Report of the Municipal Commissioner on the plague in Bombay for the year ending 31st May... - Volume 2
Disease focus: Plague
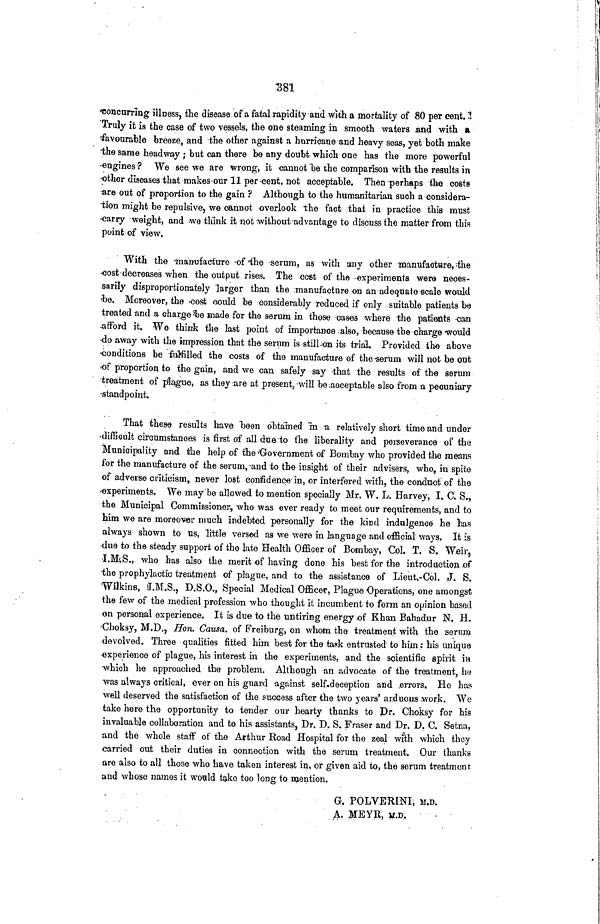
381
concurring illness, the disease of a fatal rapidity and with a mortality of 80 per cent. !
Truly it is the case of two vessels, the one steaming in smooth waters and with a
favourable breeze, and the other against a hurricane and heavy seas, yet both make
the same headway ; but can there be any doubt which one has the more powerful
engines ? We see we are wrong, it cannot be the comparison with the results in
other diseases that makes our 11 per cent. not acceptable. Then perhaps the costs
are out of proportion to the gain ? Although to the humanitarian such a considera-
tion might be repulsive, we cannot overlook the fact that in practice this must
carry weight, and we think it not without advantage to discuss the matter from this
point of view.
With the 'manufacture of the serum, as with any other manufacture, the
cost decreases when the output rises. The cost of the experiments were neces-
sarily disproportionately larger than the manufacture on an adequate scale would
be. Moreover, the cost could be considerably reduced if only suitable patients be
treated and a charge be made for the serum in those cases where the patients can
afford it. We think the last point of importance also, because the charge would
do away with the impression that the serum is still on its trial. Provided the above
conditions be fulfilled the costs of the manufacture of the serum will not be out
of proportion to the gain, and we can safely say that the results of the serum
treatment of plague, as they are at present, will be acceptable also from a pecuniary
standpoint.
That these results have been obtained in a relatively short time and under
difficult circumstances is first of all due to the liberality and perseverance of the
Municipality and the help of the Government of Bombay who provided the means
for the manufacture of the serum, and to the insight of their advisers, who, in spite
of adverse criticism, never lost confidence in, or interfered with, the conduct of the
experiments. We may be allowed to mention specially Mr. W. L. Harvey, I. C. S.,
the Municipal Commissioner, who was ever ready to meet our requirements, and to
him we are moreover much indebted personally for the kind indulgence he has
always shown to us, little versed as we were in language and official ways. It is
due to the steady support of the lato Health Officer of Bombay, Col. T. S. Weir,
I.M.S., who has also the merit of having done his best for the introduction of
the prophylactic treatment of plague, and to the assistance of Lieut.-Col. J. S.
Wilkins, I.M.S., D.S.O., Special Medical Officer, Plague Operations, one amongst
the few of the medical profession who thought it incumbent to form an opinion based
on personal experience. It is due to the untiring energy of Khan Bahadur N. H.
Choksy, M.D., Hon. Causa, of Freiburg, on whom the treatment with the serum
devolved. Three qualities fitted him best for the task entrusted to him : his unique
experience of plague, his interest in the experiments, and the scientific spirit in
which he approached the problem. Although an advocate of the treatment, ha
was always critical, ever on his guard against self-deception and errors. He has
well deserved the satisfaction of the success after the two years' arduous work. We
take here the opportunity to tender our hearty thanks to Dr. Choksy for his
invaluable collaboration and to his assistants, Dr. D. S. Fraser and Dr. D. C. Setna,
and the whole staff of the Arthur Road Hospital for the zeal with which they
carried out their duties in connection with the serum treatment. Our thanks
are also to all those who have taken interest in, or given aid to, the serum treatment
and whose names it would take too long to mention.
G. POLVERINI; M.D.
A. MEYR, M.D.